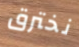
نخترق